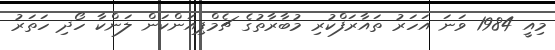
މިއީ 1984 ވަނަ އަހަރު ތައާރަފްކުރި މުބާރާތުގެ ޗެމްޕިއަންކަން ލަންކާ ހޯދި ހަތަރު